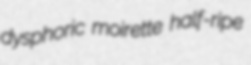
dysphoric moirette half-ripe